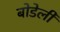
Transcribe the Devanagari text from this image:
बोडेली